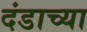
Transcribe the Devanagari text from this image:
दंडाच्या